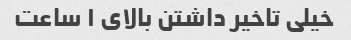
خیلی تاخیر داشتن بالای ۱ ساعت